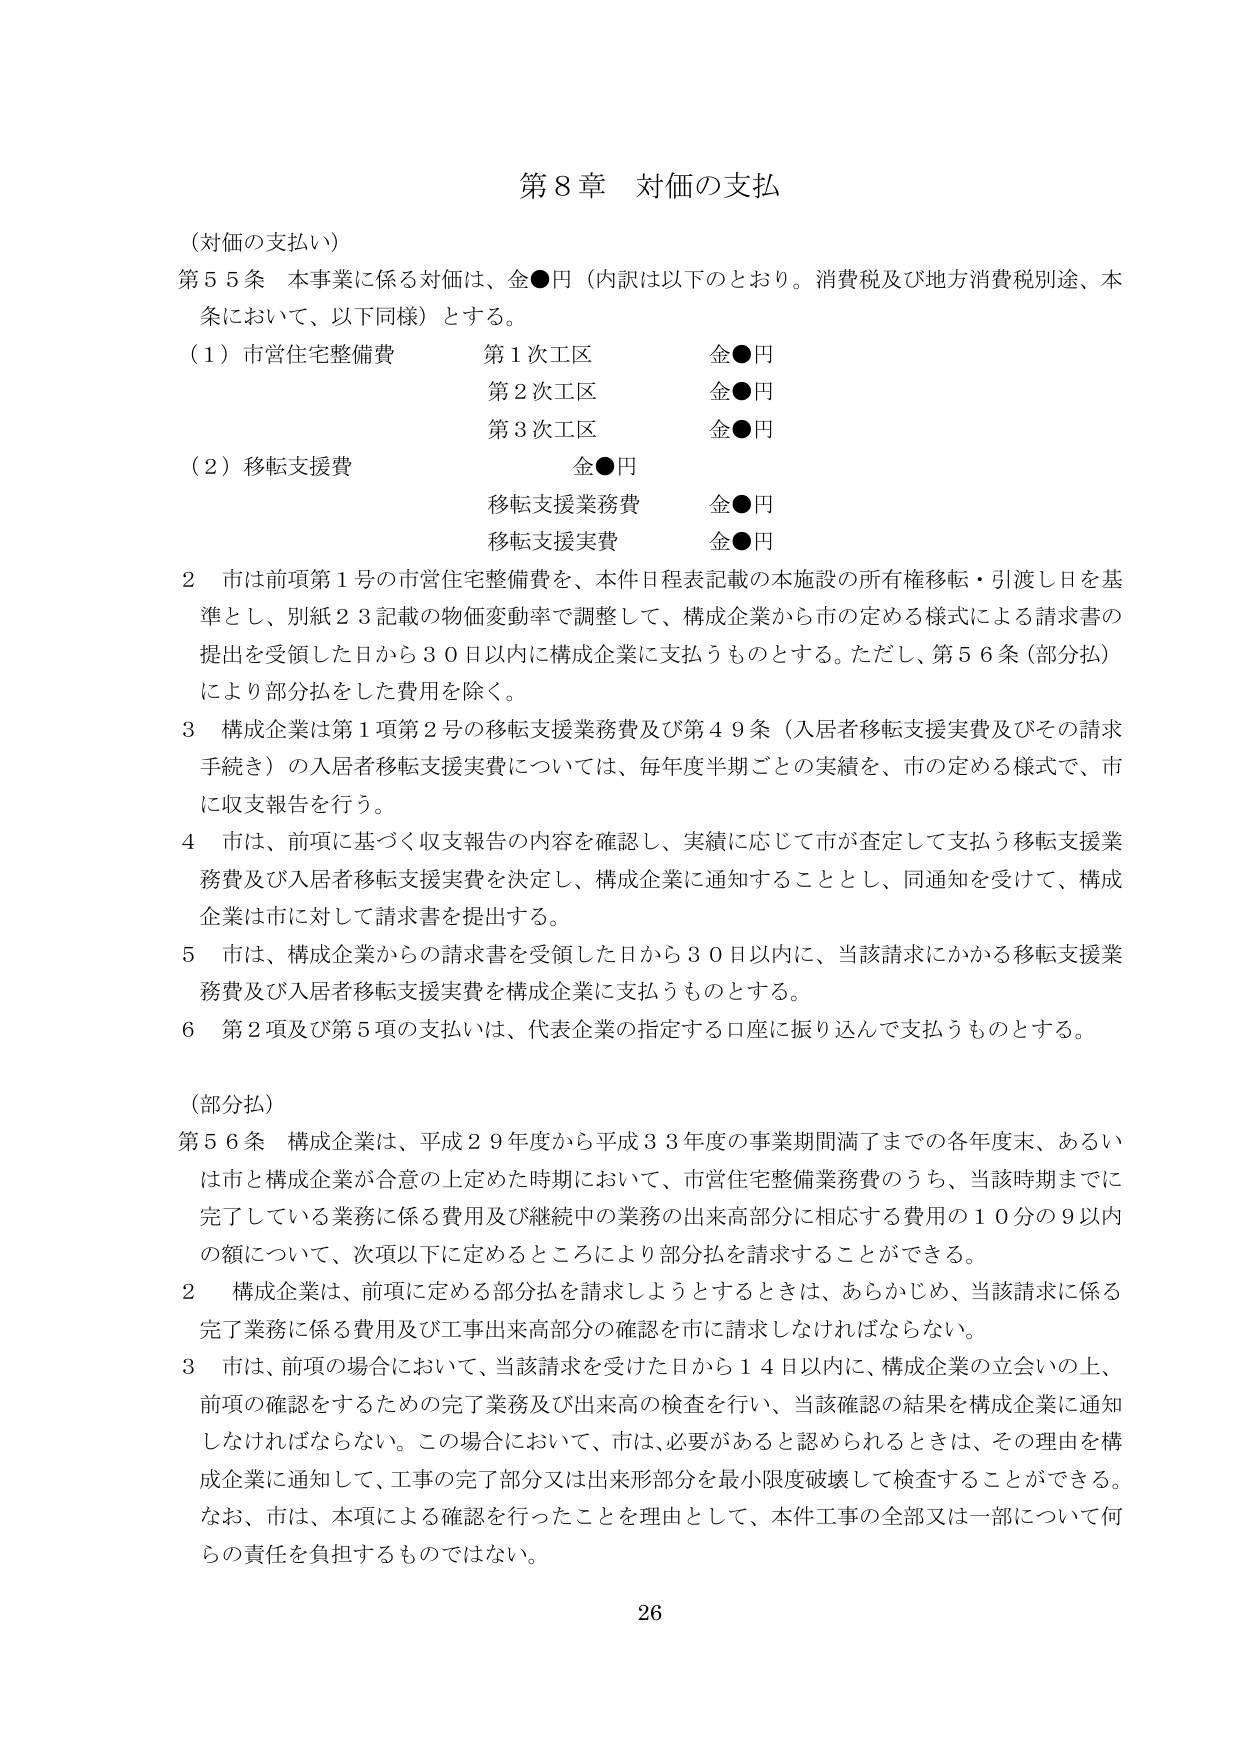
第８章 対価の支払

（対価の支払い）

第５５条 本事業に係る対価は、金●円（内訳は以下のとおり。消費税及び地方消費税別途、本条において、以下同様）とする。

（１）市営住宅整備費
第１次工区 金●円
第２次工区 金●円
第３次工区 金●円

（２）移転支援費 金●円
移転支援業務費 金●円
移転支援実費 金●円

２ 市は前項第１号の市営住宅整備費を、本件日程表記載の本施設の所有権移転・引渡し日を基準とし、別紙２３記載の物価変動率で調整して、構成企業から市の定める様式による請求書の提出を受領した日から３０日以内に構成企業に支払うものとする。ただし、第５６条（部分払）により部分払をした費用を除く。

３ 構成企業は第１項第２号の移転支援業務費及び第４９条（入居者移転支援実費及びその請求手続き）の入居者移転支援実費については、毎年度半期ごとの実績を、市の定める様式で、市に収支報告を行う。

４ 市は、前項に基づく収支報告の内容を確認し、実績に応じて市が査定して支払う移転支援業務費及び入居者移転支援実費を決定し、構成企業に通知することとし、同通知を受けて、構成企業は市に対して請求書を提出する。

５ 市は、構成企業からの請求書を受領した日から３０日以内に、当該請求にかかる移転支援業務費及び入居者移転支援実費を構成企業に支払うものとする。

６ 第２項及び第５項の支払いは、代表企業の指定する口座に振り込んで支払うものとする。

（部分払）

第５６条 構成企業は、平成２９年度から平成３３年度の事業期間満了までの各年度末、あるいは市と構成企業が合意の上定めた時期において、市営住宅整備業務費のうち、当該時期までに完了している業務に係る費用及び継続中の業務の出来高部分に相応する費用の１０分の９以内の額について、次項以下に定めるところにより部分払を請求することができる。

２ 構成企業は、前項に定める部分払を請求しようとするときは、あらかじめ、当該請求に係る完了業務に係る費用及び工事出来高部分の確認を市に請求しなければならない。

３ 市は、前項の場合において、当該請求を受けた日から１４日以内に、構成企業の立会いの上、前項の確認をするための完了業務及び出来高の検査を行い、当該確認の結果を構成企業に通知しなければならない。この場合において、市は、必要があると認められるときは、その理由を構成企業に通知して、工事の完了部分又は出来形部分を最小限度破壊して検査することができる。なお、市は、本項による確認を行ったことを理由として、本件工事の全部又は一部について何らの責任を負担するものではない。

26